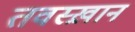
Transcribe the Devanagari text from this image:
तवस्ख़ान